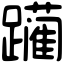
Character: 躏